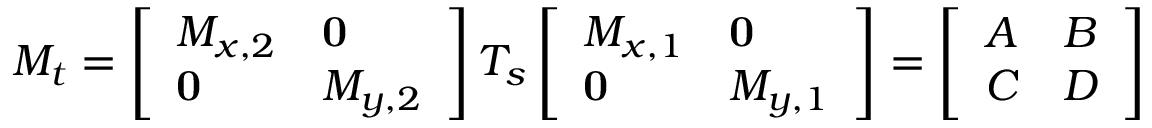
M _ { t } = \left[ \begin{array} { l l } { M _ { x , 2 } } & { \mathbf { 0 } } \\ { \mathbf { 0 } } & { M _ { y , 2 } } \end{array} \right] T _ { s } \left[ \begin{array} { l l } { M _ { x , 1 } } & { \mathbf { 0 } } \\ { \mathbf { 0 } } & { M _ { y , 1 } } \end{array} \right] = \left[ \begin{array} { l l } { A } & { B } \\ { C } & { D } \end{array} \right]